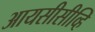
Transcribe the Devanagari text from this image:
आयसीसीव्हि